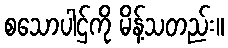
စသောပါဌ်ကို မိန့်သတည်း။